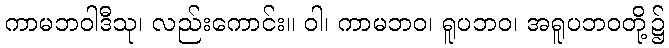
ကာမဘဝါဒီသု၊ လည်းကောင်း။ ဝါ၊ ကာမဘဝ၊ ရူပဘဝ၊ အရူပဘဝတို့၌